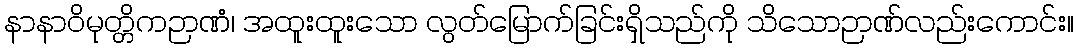
နာနာဝိမုတ္တိကဉာဏံ၊ အထူးထူးသော လွတ်မြောက်ခြင်းရှိသည်ကို သိသောဉာဏ်လည်းကောင်း။